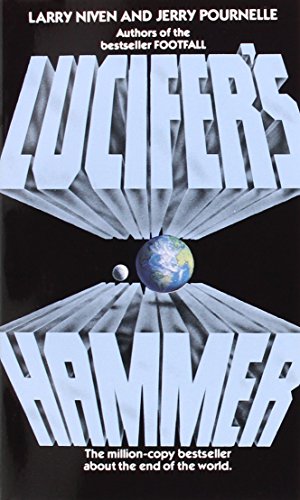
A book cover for Lucifer's Hammer; Larry Niven; Science Fiction & Fantasy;